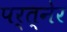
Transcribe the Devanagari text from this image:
पर्त्नेर